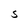
Character: S